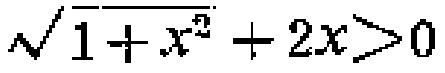
$\sqrt{1 + x^{2}} + 2x>0$